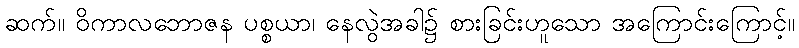
ဆက်။ ဝိကာလဘောဇန ပစ္စယာ၊ နေလွဲအခါ၌ စားခြင်းဟူသော အကြောင်းကြောင့်။